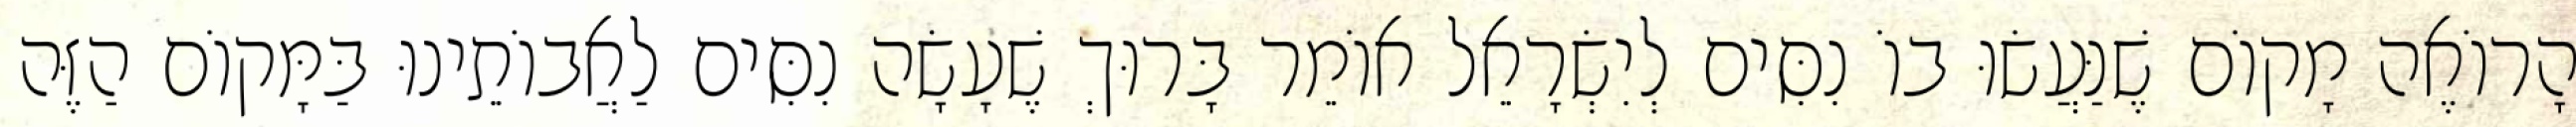
הָרוֹאֶה מָקוֹם שֶׁנַּעֲשׂוּ בוֹ נִסִּים לְיִשְׂרָאֵל אוֹמֵר בָּרוּךְ שֶׁעָשָׂה נִסִּים לַאֲבוֹתֵינוּ בַּמָּקוֹם הַזֶּה